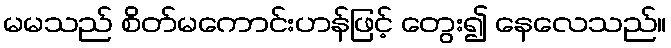
မမသည် စိတ်မကောင်းဟန်ဖြင့် တွေး၍ နေလေသည်။